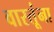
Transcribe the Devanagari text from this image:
वास्तूंना